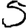
Digit: 5